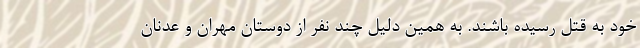
خود به قتل رسیده باشند. به همین دلیل چند نفر از دوستان مهران و عدنان